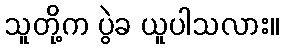
သူတို့က ပွဲခ ယူပါသလား။